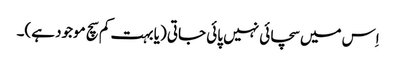
اِس میں سچائی نہیں پائی جاتی (یا بہت کم سچ موجود ہے)۔